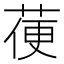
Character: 𦳄